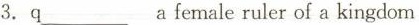
3.q___a female ruler of a king dom